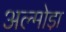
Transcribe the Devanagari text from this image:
अल्मोडा़